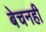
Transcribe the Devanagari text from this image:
बेचनही